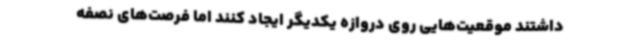
داشتند موقعیت‌هایی روی دروازه یکدیگر ایجاد کنند اما فرصت‌های نصفه